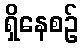
ရှိနေစဉ်